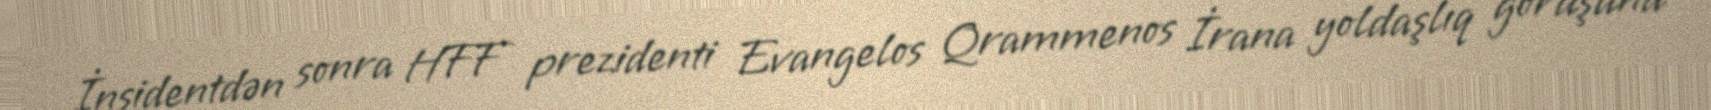
İnsidentdən sonra HFF prezidenti Evangelos Qrammenos İrana yoldaşlıq görüşünü